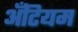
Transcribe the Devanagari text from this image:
अँटियम